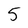
Character: 5